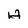
Character: H